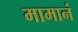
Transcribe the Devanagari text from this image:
मामानं